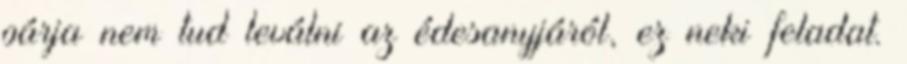
párja nem tud leválni az édesanyjáról, ez neki feladat.